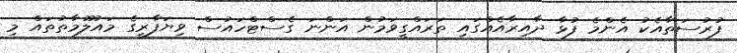
ފުރުސަތާއެކު އެންމެ ފުޅާ ދާއިރާއެއްގައި ތަރައްގީވަމުން އަންނަ ގެސްޓްހައުސް ވިޔަފާރީގެ މައުލޫމާތުތައް މި